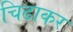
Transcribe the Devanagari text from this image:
चिढाकर